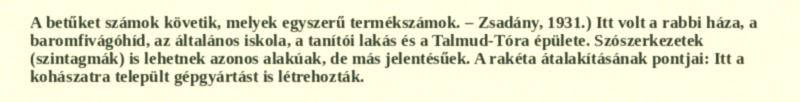
A betűket számok követik, melyek egyszerű termékszámok. – Zsadány, 1931.) Itt volt a rabbi háza, a baromfivágóhíd, az általános iskola, a tanítói lakás és a Talmud-Tóra épülete. Szószerkezetek (szintagmák) is lehetnek azonos alakúak, de más jelentésűek. A rakéta átalakításának pontjai: Itt a kohászatra települt gépgyártást is létrehozták.